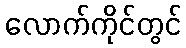
လောက်ကိုင်တွင်